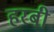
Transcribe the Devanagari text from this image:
हरबी